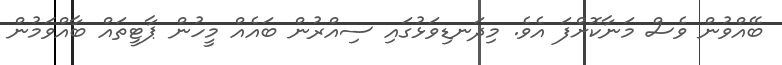
ބޭއްވުން ވެސް މަނާކޮށްފަ އެވެ. މިދަނޑިވަޅުގައި ސިއްރުން ބައެއް މީހުން ޕާޓީތައް ބާއްވަމުން